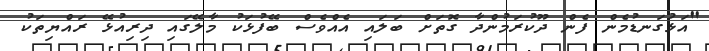
"އަޅުގަނޑުމެން ފެން ދޫކުރަމުންދާ ގޮތަށް ބަލައި އެއްވެސް ބޭފުޅަކު މާލޭގައި ދިރިއުޅޭ ރައްޔިތަކު